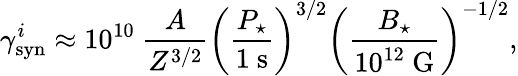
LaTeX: \gamma_{\mathrm{syn}}^{i}\approx 10^{10}~\frac{A}{Z^{3/2}}\left(\frac{P_{\star}}{1~\textrm{s}}\right)^{3/2}\left(\frac{B_{\star}}{10^{12}~\textrm{G}}\right)^{-1/2},